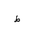
Letter: _da